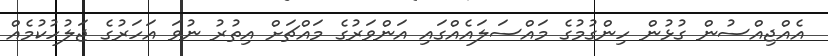
އެއްޖިއްސުން ގުޅުން ހިންގުމުގެ މައްސަލައެއްގައި އަންވަރުގެ މައްޗަށް އިތުރު ނުވަ އަހަރުގެ ޖަލުހުކުމެއް